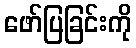
ဖော်ပြခြင်းကို